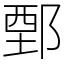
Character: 鄄